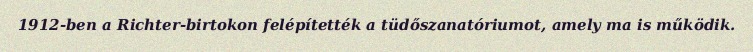
1912-ben a Richter-birtokon felépítették a tüdőszanatóriumot, amely ma is működik.